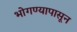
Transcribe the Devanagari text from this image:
भोगण्यापासून